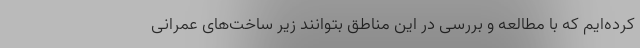
کرده‌ایم که با مطالعه و بررسی در این مناطق بتوانند زیر ساخت‌های عمرانی